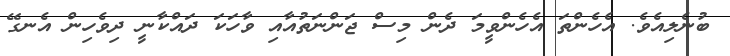
ބުނެލިއެވެ. އެހެންތަ އެހެންވީމަ ދެން މިސް ޖަންނަތުއާއި ވާހަކަ ދައްކާނީ ދިވެހިން އެނގޭ